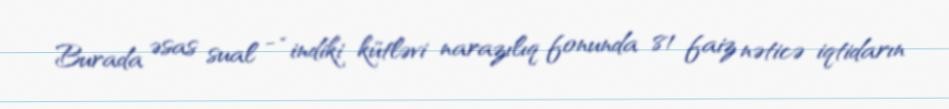
Burada əsas sual - “indiki kütləvi narazılıq fonunda 81 faiz nəticə iqtidarın